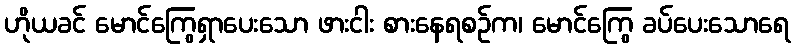
ဟိုယခင် မောင်ကြွေရှာပေးသော ဖားငါး စားနေရစဉ်က၊ မောင်ကြွေ ခပ်ပေးသောရေ